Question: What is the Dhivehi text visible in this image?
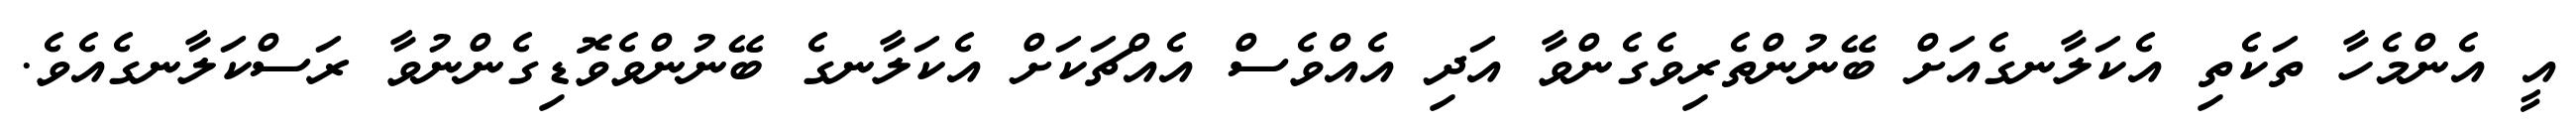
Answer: އީ އެންމެހާ ތަކެތި އެކަލާނގެއަށް ބޭނުންތެރިވެގެންވާ އަދި އެއްވެސް އެއްޗަކަށް އެކަލާނގެ ބޭނުންވެވޮޑިގެންނުވާ ރަސްކަލާނގެއެވެ.